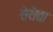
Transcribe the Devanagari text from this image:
सेरोसा